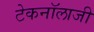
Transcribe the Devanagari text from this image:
टेकनॉलाजी